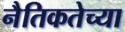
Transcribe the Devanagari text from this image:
नैतिकतेच्या